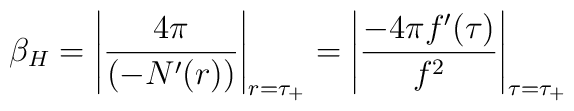
\beta _{H}=\left| \frac{4\pi }{(-N^{\prime }(r))}\right| _{r=\tau_{+}}=\left| \frac{-4\pi f^{\prime }(\tau )}{f^{2}}\right| _{\tau =\tau _{+}}